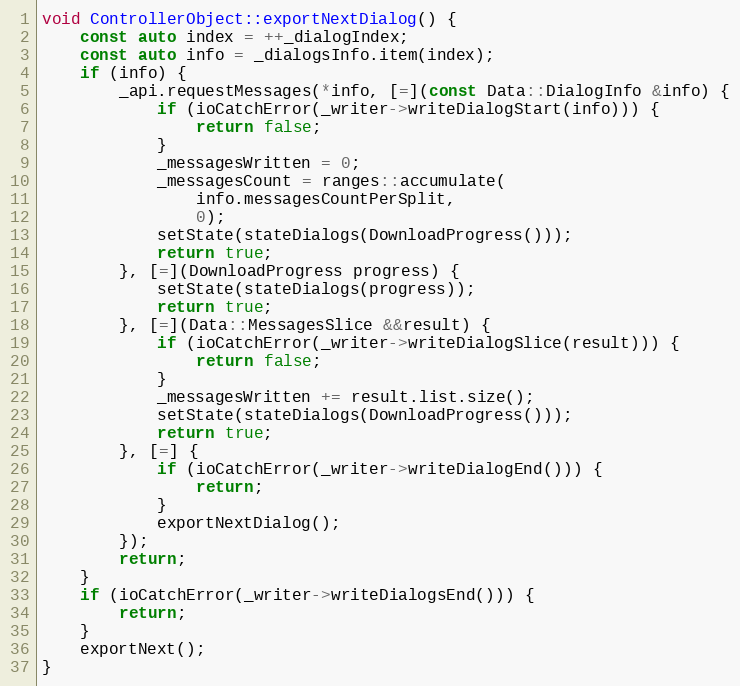
Language: C++
void ControllerObject::exportNextDialog() {
	const auto index = ++_dialogIndex;
	const auto info = _dialogsInfo.item(index);
	if (info) {
		_api.requestMessages(*info, [=](const Data::DialogInfo &info) {
			if (ioCatchError(_writer->writeDialogStart(info))) {
				return false;
			}
			_messagesWritten = 0;
			_messagesCount = ranges::accumulate(
				info.messagesCountPerSplit,
				0);
			setState(stateDialogs(DownloadProgress()));
			return true;
		}, [=](DownloadProgress progress) {
			setState(stateDialogs(progress));
			return true;
		}, [=](Data::MessagesSlice &&result) {
			if (ioCatchError(_writer->writeDialogSlice(result))) {
				return false;
			}
			_messagesWritten += result.list.size();
			setState(stateDialogs(DownloadProgress()));
			return true;
		}, [=] {
			if (ioCatchError(_writer->writeDialogEnd())) {
				return;
			}
			exportNextDialog();
		});
		return;
	}
	if (ioCatchError(_writer->writeDialogsEnd())) {
		return;
	}
	exportNext();
}